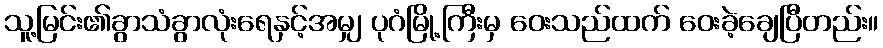
သူ့မြင်း၏ခွာသံခွာလုံးရေနှင့်အမျှ ပုဂံမြို့ကြီးမှ ဝေးသည်ထက် ဝေးခဲ့ချေပြီတည်း။